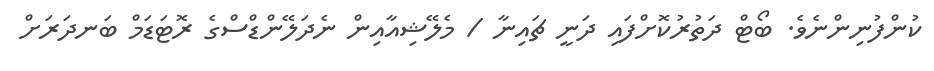
ކުންފުނިންނެވެ. ބޯޓް ދަތުރުކޮށްފައި ދަނީ ޗައިނާ / މެލޭޝިއާއިން ނެދަލޭންޑްސްގެ ރޮޓަޑަމް ބަނދަރަށް